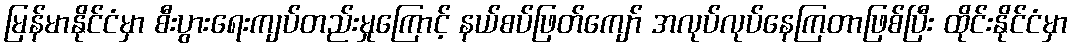
မြန်မာနိုင်ငံမှာ စီးပွားရေးကျပ်တည်းမှုကြောင့် နယ်စပ်ဖြတ်ကျော် အလုပ်လုပ်နေကြတာဖြစ်ပြီး ထိုင်းနိုင်ငံမှာ